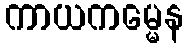
ကာယကမ္မေန